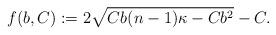
LaTeX: \begin{align*} f(b,C):=2\sqrt{Cb(n-1)\kappa-Cb^2}-C. \end{align*}